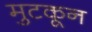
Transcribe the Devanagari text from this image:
मुटकून